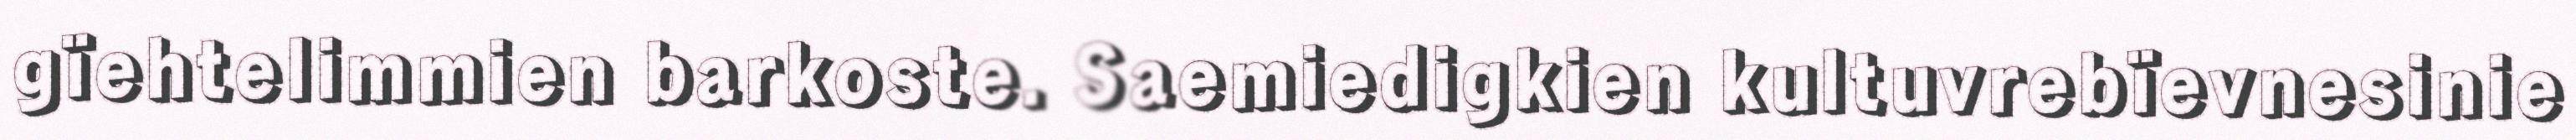
gïehtelimmien barkoste. Saemiedigkien kultuvrebïevnesinie